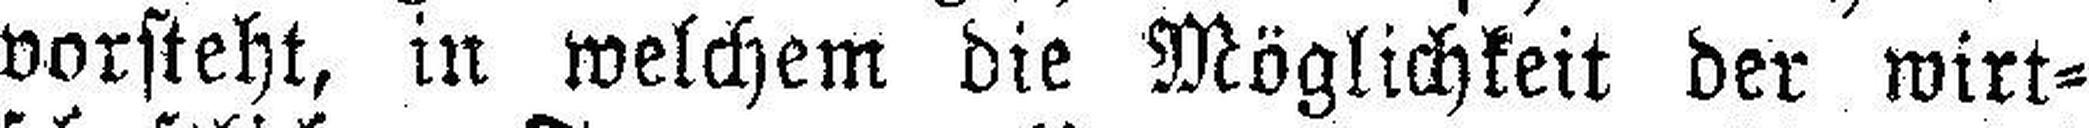
vorsteht, in welchem die Möglichkeit der wirt¬